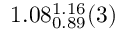
1 . 0 8 _ { 0 . 8 9 } ^ { 1 . 1 6 } ( 3 )